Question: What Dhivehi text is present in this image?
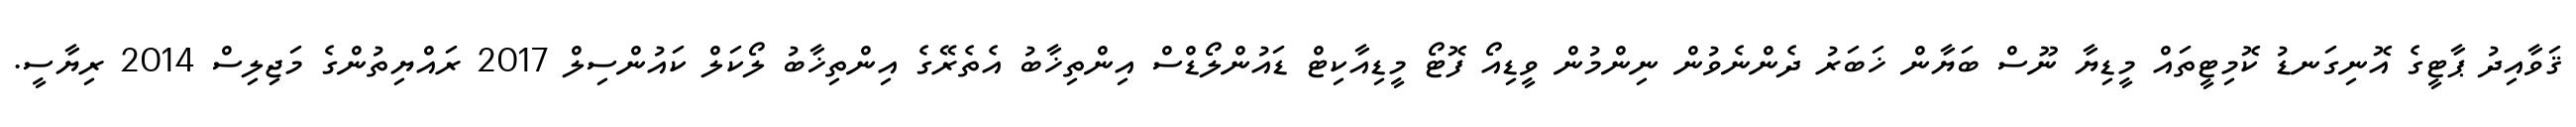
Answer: ޤަވާއިދު ޕާޓީގެ އޮނިގަނޑު ކޮމިޓީތައް މީޑިޔާ ނޫސް ބަޔާން ޚަބަރު ދެންނެވުން ނިންމުން ވީޑިއޯ ފޮޓޯ މީޑިއާކިޓް ޑައުންލޯޑްސް އިންތިޚާބު އެތެރޭގެ އިންތިޚާބު ލޯކަލް ކައުންސިލް 2017 ރައްޔިތުންގެ މަޖިލިސް 2014 ރިޔާސީ.